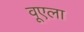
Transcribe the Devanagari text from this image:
वूएला